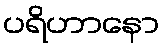
ပရိဟာနော